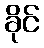
ခိုင်